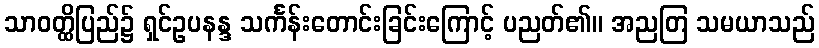
သာဝတ္ထိပြည်၌ ရှင်ဥပနန္ဒ သင်္ကန်းတောင်းခြင်းကြောင့် ပညတ်၏။ အညတြ သမယာသည်